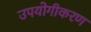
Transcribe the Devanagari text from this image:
उपयोगीकरण